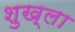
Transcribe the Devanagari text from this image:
शुख्ला